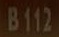
B112